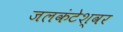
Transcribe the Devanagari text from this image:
जलकंटेश्वर